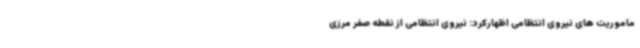
ماموریت های نیروی انتظامی اظهارکرد: نیروی انتظامی از نقطه صفر مرزی